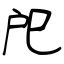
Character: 戺